Insane asylums in Bengal annual reports 1867-1875 - 1867-1875
Year: 1867
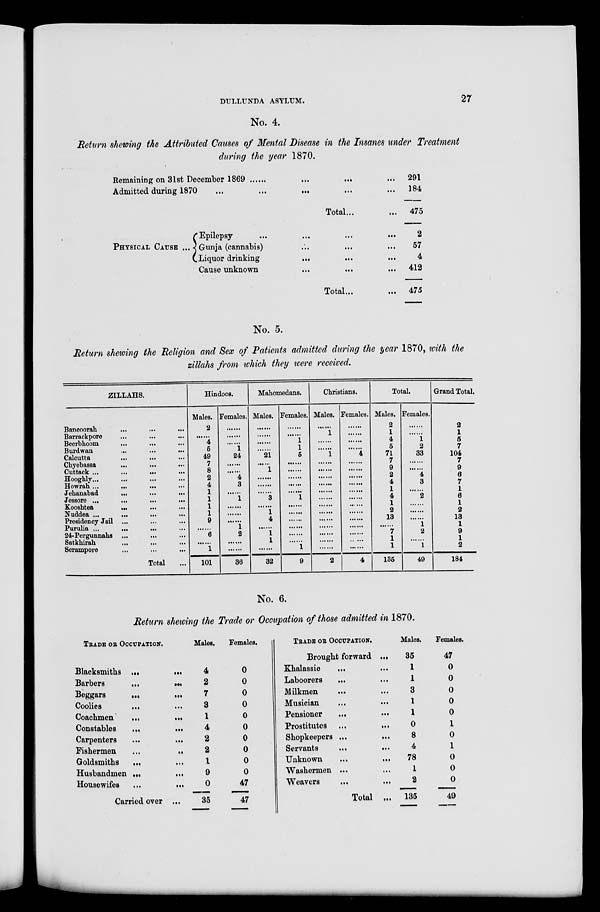
DULLUNDA ASYLUM.
27
No. 4.
Return showing the Attributed Causes of Mental Disease in the Insanes under Treatment
during the year 1870.
Remaining on 31st December 1869 ... ...
Admitted during 1870 ... ... ... ... ...
Total... ...
PHYSICAL CAUSE ...
Epilepsy ... ... ... ...
Gunja (cannabis) ... ... ...
Liquor drinking ... ... ...
Cause unknown ... ... ...
Total ... ...
291
184
475
2
57
4
412
475
No. 5.
Return showing the Religion and Sex of Patients admitted during the year 1870, with the
zillahs from which they were received.
ZILLAHS.
Bancoorah ... ... ...
Barrackpore ... ... ...
Beerbhoom ... ... ...
Burdwan ... ... ...
Calcutta ... ... ...
Chyebassa ... ... ...
Cuttack ...
...
...
Hooghly ... ... ...
Howrah ... ... ...
Jehanabad ... ... ...
Jessore ...
...
...
...
Kooshtea ... ... ...
Nuddea ... ... ... ...
Presidency Jail ... ... ... ...
Purulia ...
...
...
24-Pergunnahs ... ... ...
Satkhirah ... ... ...
Serampore
...
...
...
Total ...
Hindoos.
Males.
2
......
4
5
49
7
8
2
4
1
1
1
1
9
......
6
......
1
101
Females.
......
......
......
1
24
......
......
4
3
......
1
......
......
......
1
2
......
......
36
Mahomedans.
Males.
......
......
......
......
21
......
1
......
......
......
3
......
1
4
......
1
1
......
32
Females.
......
......
1
1
5
......
......
......
......
......
1
......
......
......
......
......
......
1
9
Christians.
Males.
......
1
......
......
1
......
......
......
......
......
......
......
......
......
......
......
......
......
2
Females.
......
......
......
......
4
......
......
......
......
......
......
......
......
......
......
......
......
......
4
Total.
Males.
2
1
4
5
71
7
9
2
4
1
4
1
2
13
......
7
1
1
135
Females.
......
......
1
2
33
......
......
4
3
......
2
......
......
......
1
2
......
1
49
Grand Total.
2
1
5
7
104
7
9
6
7
1
6
1
2
13
1
9
1
2
184
No. 6.
Return showing the Trade or Occupation of those admitted in 1870.
TRADE OR OCCUPATION.
Blacksmiths ...
...
Barbers
...
...
Beggars ... ...
Coolies ... ...
Coachmen
...
...
Constables
...
...
Carpenters ... ...
Fishermen
...
...
Goldsmiths
... ...
Husbandmen ... ...
Housewifes ... ...
Carried over ...
Males.
4
2
7
3
1
4
2
2
1
9
0
35
Females.
0
0
0
0
0
0
0
0
0
0
47
47
TRADE OR OCCUPATION.
Brought forward ...
Khalassie
... ...
Laboorers
...
...
Milkmen ... ...
Musician ... ...
Pensioner
... ...
Prostitutes
...
...
Shopkeepers ... ...
Servants ... ...
Unknown
...
...
Washermen ... ...
Weavers ... ...
Total ...
Males.
35
1
1
3
1
1
0
8
4
78
1
2
135
Females.
47
0
0
0
0
0
1
0
1
0
0
0
49